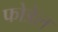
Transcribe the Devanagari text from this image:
फोडेल